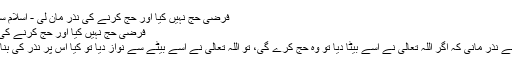
فرضى حج نہيں كيا اور حج كرنے كى نذر مان لى - اسلام سوال و جواب
فرضى حج نہيں كيا اور حج كرنے كى نذر مان لى
ايك عورت نے نذر مانى كہ اگر اللہ تعالى نے اسے بيٹا ديا تو وہ حج كرے گى، تو اللہ تعالى نے اسے بيٹے سے نواز ديا تو كيا اس پر نذر كى بنا پر حج ہے؟